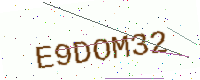
Text: E9DOM32